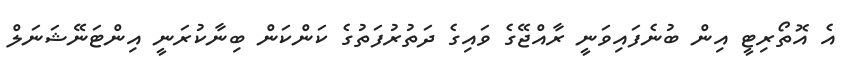
އެ އޮތޯރިޓީ އިން ބުނެފައިވަނީ ރާއްޖޭގެ ވައިގެ ދަތުރުފަތުގެ ކަންކަން ބިނާކުރަނީ އިންޓަނޭޝަނަލް